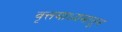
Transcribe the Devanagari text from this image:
वृत्तमाध्यमातून